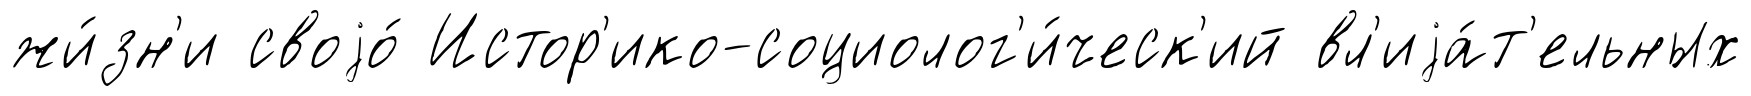
жи́зн'и своjо́ Истор'ико-социолог'и́ческ'ий вл'иjа́т'ельных